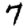
Digit: 7